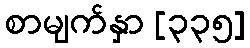
စာမျက်နှာ [၃၃၅]